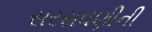
સરસવણીની